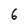
Character: 6